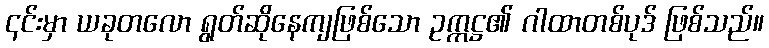
၎င်းမှာ ယခုတလော ရွတ်ဆိုနေကျဖြစ်သော ဥက္ကဋ္ဌ၏ ဂါထာတစ်ပုဒ် ဖြစ်သည်။